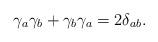
LaTeX: \begin{align*}\gamma _a\gamma _b+\gamma _b\gamma _a=2\delta _{ab}.\end{align*}